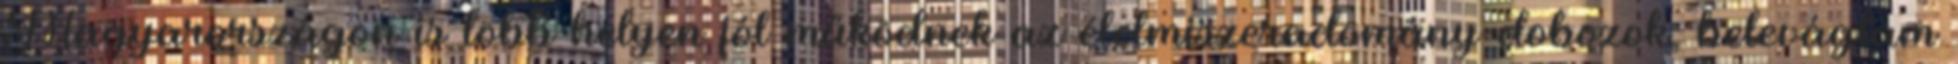
Magyarországon is több helyen jól működnek az élelmiszeradomány-dobozok, belevágtam